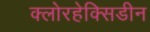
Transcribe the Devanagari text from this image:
क्लोरहेक्सिडीन